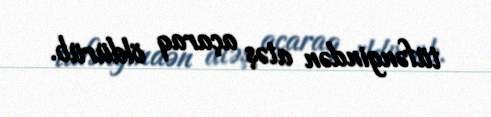
tüfəngindən atəş açaraq öldürüb.